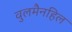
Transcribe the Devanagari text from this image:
वुलमैनहिल